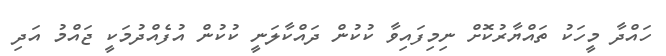
ހައްދާ މީހަކު ތައްޔާރުކޮށް ނިމިފައިވާ ކުކުން ދައްކާލަނީ ކުކުން އުފެއްދުމަކީ ޖައްމު އަދި